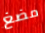
مضغ